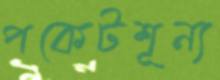
পকেটশূন্য